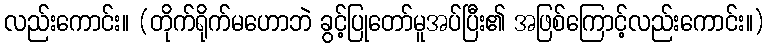
လည်းကောင်း။ (တိုက်ရိုက်မဟောဘဲ ခွင့်ပြုတော်မူအပ်ပြီး၏ အဖြစ်ကြောင့်လည်းကောင်း။)